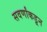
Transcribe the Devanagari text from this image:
सवर्णांकडून